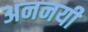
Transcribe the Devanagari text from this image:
अननयी